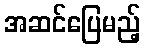
အဆင်ပြေမည့်